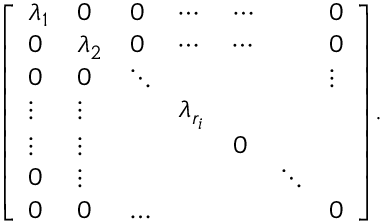
{ \left[ \begin{array} { l l l l l l l } { \lambda _ { 1 } } & { 0 } & { 0 } & { \cdots } & { \cdots } & & { 0 } \\ { 0 } & { \lambda _ { 2 } } & { 0 } & { \cdots } & { \cdots } & & { 0 } \\ { 0 } & { 0 } & { \ddots } & & & & { \vdots } \\ { \vdots } & { \vdots } & & { \lambda _ { r _ { i } } } & & \\ { \vdots } & { \vdots } & & & { 0 } & \\ { 0 } & { \vdots } & & & & { \ddots } \\ { 0 } & { 0 } & { \ldots } & & & & { 0 } \end{array} \right] } .